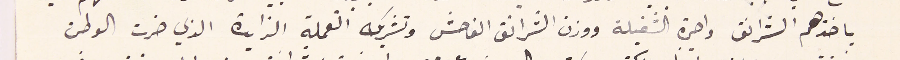
باخذهم الشرانق واجرة الشغيلة ووزن الشرانق الفاحش وتشريك العملة الزايدة الذي ضرت الوطن